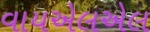
વાયએલએલ